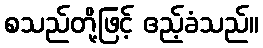
စသည်တို့ဖြင့် ဧည့်ခံသည်။